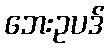
ဘေးဥပဒ်